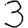
Digit: 3